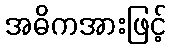
အဓိကအားဖြင့်